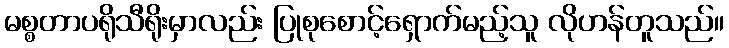
မစ္စတာပရိုသီရိုးမှာလည်း ပြုစုစောင့်ရှောက်မည့်သူ လိုဟန်တူသည်။